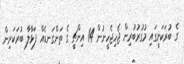
ގެ ބުރަކަށީގައި މުގުރުބުރިން ޖެހިޖެހީނުން 14 އިންޗީ ގެ ތަންގަނޑެއް ފަޅާލާ ބުރަކަށިން